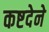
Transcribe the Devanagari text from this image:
कष्टदेने